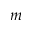
m